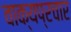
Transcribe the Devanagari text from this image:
वाक्यप्रचार